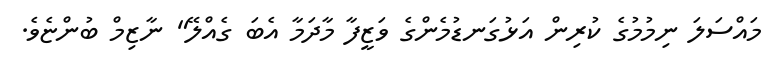
މައްސަލަ ނިމުމުގެ ކުރިން އަޅުގަނޑުމެންގެ ވަޒީފާ މާދަމާ އެބަ ގެއްލޭ" ނާޒިމް ބުންޏެވެ.